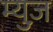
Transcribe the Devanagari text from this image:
म्युज़